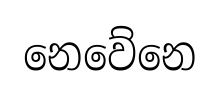
නෙවේනෙ